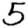
Digit: 5